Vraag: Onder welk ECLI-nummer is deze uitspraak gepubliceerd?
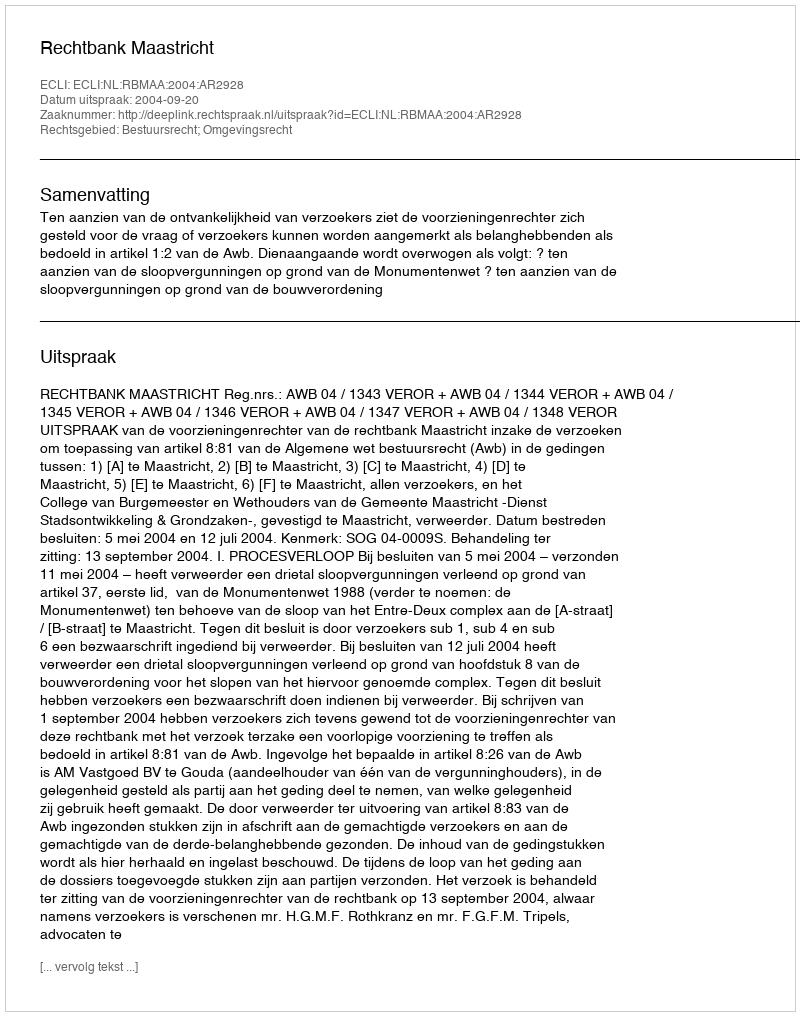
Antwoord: ECLI:NL:RBMAA:2004:AR2928